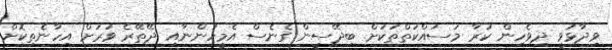
ވިދާޅުވީ ދިވެހިން ކުރާ މަސައްކަތްތަކަށް ބިދޭސީން ގެނެސް އެމީހުންނާއި ދޭތޭރެ ވަރަށް އިހާނެތިކޮށް